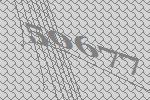
50677